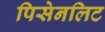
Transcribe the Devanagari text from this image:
पिसेनलिट